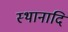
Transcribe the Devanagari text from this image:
स्थानादि